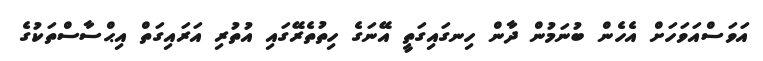
އަވަސްއަވަހަށް އެހެން ބުނަމުން ދާން ހިނގައިގަތީ އޭނަގެ ހިތުތެރޭގައި އުތުރި އަރައިގަތް އިޙްސާސްތަކުގެ